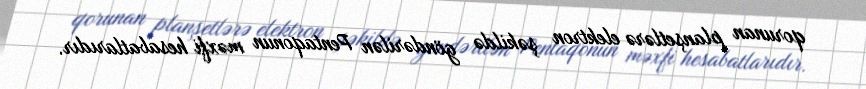
qorunan planşetlərə elektron şəkildə göndərilən Pentaqonun məxfi hesabatlarıdır.